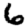
Digit: 6